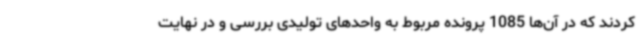
کردند که در آن‌ها 1085 پرونده مربوط به واحدهای تولیدی بررسی و در نهایت